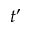
t ^ { \prime }